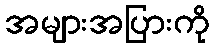
အများအပြားကို